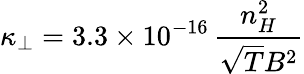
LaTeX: \displaystyle\kappa_{\perp}=3.3\times 10^{-16}\, \frac{n_{H}^{2}}{\sqrt{T}B^{2}}